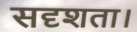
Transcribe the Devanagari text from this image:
सदृशता।